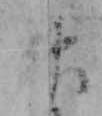
神